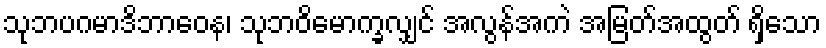
သုဘပဂမာဒိဘာဝေန၊ သုဘဝိမောက္ခလျှင် အလွန်အကဲ အမြတ်အထွတ် ရှိသော